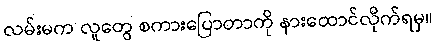
လမ်းမက လူတွေ စကားပြောတာကို နားထောင်လိုက်ရမှ။